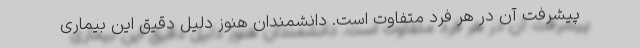
پیشرفت آن در هر فرد متفاوت است. دانشمندان هنوز دلیل دقیق این بیماری